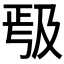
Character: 𭆱